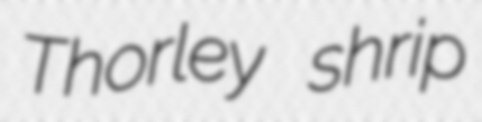
Thorley shrip